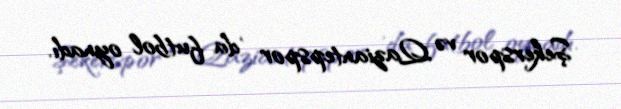
Şekerspor və Qaziantepspor 'da futbol oynadı.